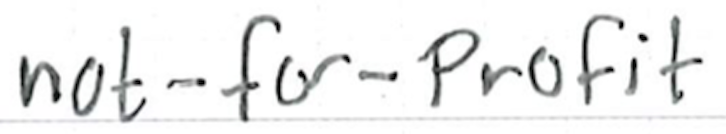
Text: not-for-profit
Cross-out: clean
Writing tool: ballpoint